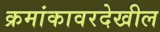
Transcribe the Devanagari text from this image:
क्रमांकावरदेखील